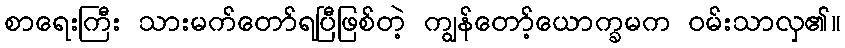
စာရေးကြီး သားမက်တော်ရပြီဖြစ်တဲ့ ကျွန်တော့်ယောက္ခမက ဝမ်းသာလှ၏။